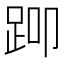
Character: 𬦨